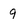
Character: 9